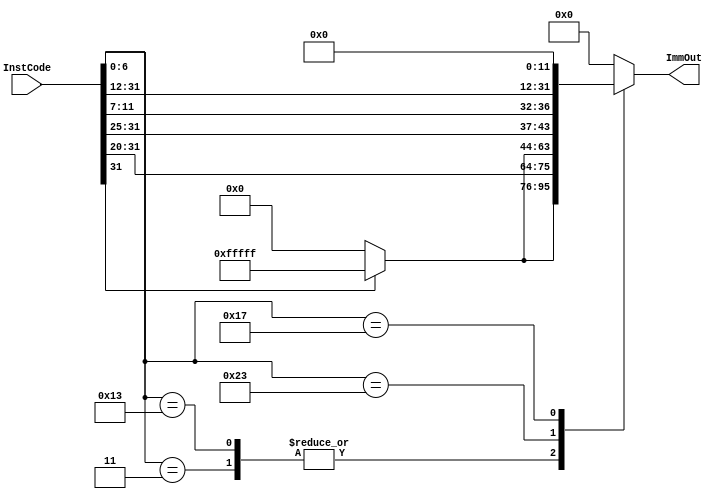
`timescale 1ns / 1ps
//////////////////////////////////////////////////////////////////////////////////
// Company: 
// Engineer: 
// 
// Design Name: 
// Module Name: ImmGen
// Project Name: 
// Target Devices: 
// Tool Versions: 
// Description: 
// 
// Dependencies: 
// 
// Revision:
// Revision 0.01 - File Created
// Additional Comments:
// 
//////////////////////////////////////////////////////////////////////////////////


module ImmGen(InstCode, ImmOut);

    input [31:0] InstCode;
    
    output reg [31:0] ImmOut;
    
    always @(InstCode)
    begin 
        case (InstCode[6:0])
            7'b0000011: ImmOut = {InstCode[31]? {20{1'b1}}:20'b0 , InstCode[31:20]};
            7'b0010011: ImmOut = {InstCode[31]? {20{1'b1}}:20'b0 , InstCode[31:20]};
            7'b0100011: ImmOut = {InstCode[31]? {20{1'b1}}:20'b0 , InstCode[31:25], InstCode[11:7]};
            7'b0010111: ImmOut = {InstCode[31:12], 12'b0};
            default: ImmOut = {32'b0}; 
        endcase
    end
    
endmodule